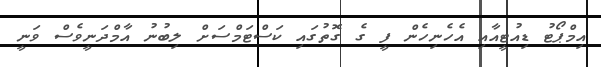
އިމްޕޯޓު ޑިއުޓީއާއި އެހެނިހެން ފީ ގެ ގޮތުގައި ކަސްޓަމްސަށް ލިބުނު އާމްދަނީވެސް ވަނީ